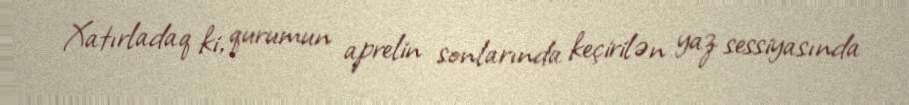
Xatırladaq ki, qurumun aprelin sonlarında keçirilən yaz sessiyasında